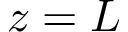
z = L